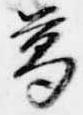
葛